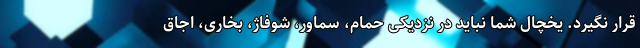
قرار نگیرد. یخچال شما نباید در نزدیکی حمام، سماور، شوفاژ، بخاری، اجاق